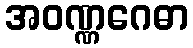
အဝဏ္ဏဂေဓာ